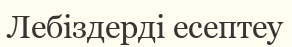
Лебіздерді есептеу